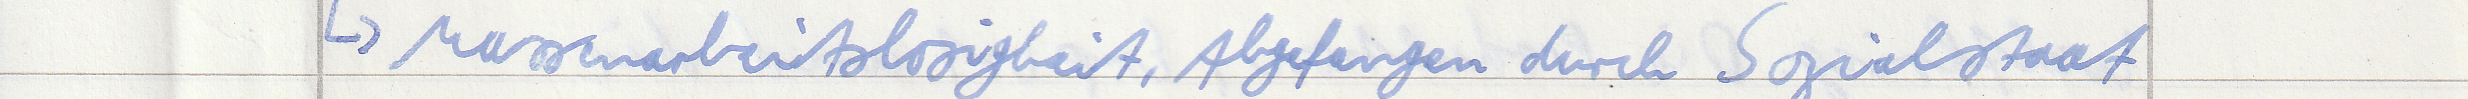
-> Massenarbeitslosigkeit, Abgefangen durch Sozialstaat